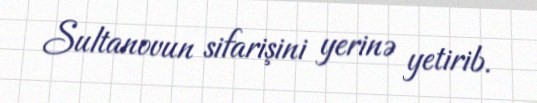
Sultanovun sifarişini yerinə yetirib.